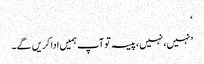
‘
’نہیں، نہیں، پیسہ تو آپ ہمیں ادا کریں گے۔